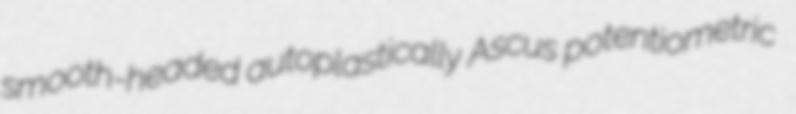
smooth-headed autoplastically Ascus potentiometric